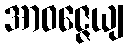
အာဝဇ္ဇေယျ